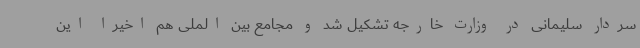
سردار سلیمانی در وزارت خارجه تشکیل شد و مجامع بین الملی هم اخیرا این